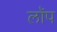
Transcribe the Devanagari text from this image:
लॉप